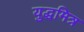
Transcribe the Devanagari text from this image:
युद्धमित्र